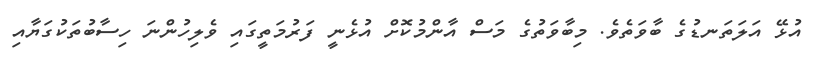
އުޅޭ އަލަތަނޑުގެ ބާވަތެވެ. މިބާވަތުގެ މަސް އާންމުކޮށް އުޅެނީ ފަރުމަތީގައި ވެލިހުންނަ ހިސާބުތަކުގަޔާއި